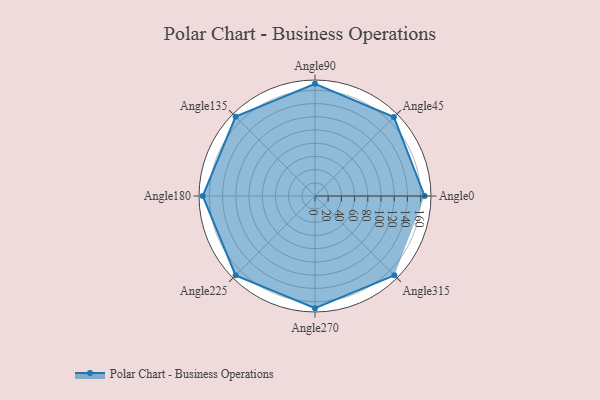
{"axis": {"x": "Angle", "y": "Radius"}, "legend": [""], "data": [{"x": "Angle0", "y": 166.0, "type": ""}, {"x": "Angle45", "y": 169.0, "type": ""}, {"x": "Angle90", "y": 170, "type": ""}, {"x": "Angle135", "y": 170, "type": ""}, {"x": "Angle180", "y": 170, "type": ""}, {"x": "Angle225", "y": 170, "type": ""}, {"x": "Angle270", "y": 170, "type": ""}, {"x": "Angle315", "y": 170, "type": ""}]}